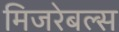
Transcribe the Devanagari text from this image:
मिजरेबल्स